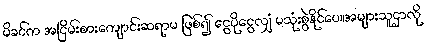
မိခင်က အငြိမ်းစားကျောင်းဆရာမ ဖြစ်၍ ငွေပိုငွေလျှံ မသုံးစွဲနိုင်ပေ။အများသူငှာလို